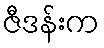
ဇီဒန်းက